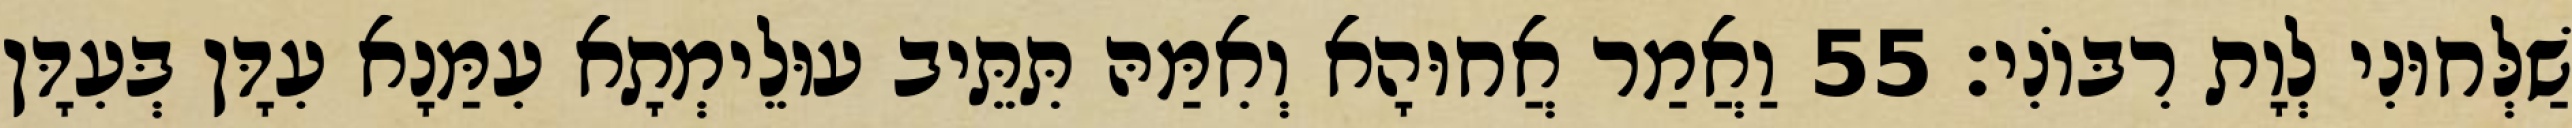
שַׁלְּחוּנִי לְוָת רִבּוֹנִי׃ 55 וַאֲמַר אֲחוּהָא וְאִמַּהּ תִּתֵּיב עוּלֵימְתָא עִמַּנָא עִדָּן בְּעִדָּן